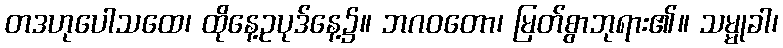
တဒဟုပေါသထေ၊ ထိုနေ့ဥပုဒ်နေ့၌။ ဘဂဝတော၊ မြတ်စွာဘုရား၏။ သမ္မုခါ၊